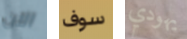
الآن سوف يهودي